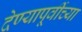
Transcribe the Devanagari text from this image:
देण्यापूर्वीच्या